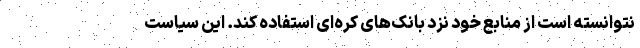
نتوانسته است از منابع خود نزد بانک‌های کره‌ای استفاده کند. این سیاست